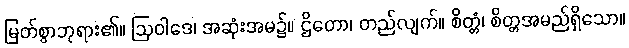
မြတ်စွာဘုရား၏။ ဩဝါဒေ၊ အဆုံးအမ၌။ ဌိတော၊ တည်လျက်။ စိတ္တံ၊ စိတ္တအမည်ရှိသော။